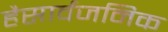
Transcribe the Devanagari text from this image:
हैसार्वजनिक